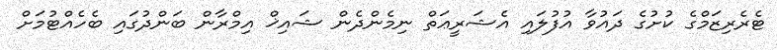
ޓެރެރިޒަމްގެ ކުށުގެ ދައުވާ އުފުލައި އެޝަރީޢަތް ނިމެންދެން ޝައިޚް އިމްރާން ބަންދުގައި ބެހެއްޓުމަށް